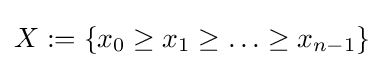
X:=\{x_{0}\geq x_{1}\geq \ldots \geq x_{n-1}\}